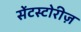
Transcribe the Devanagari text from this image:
सेंटस्टोरीज़